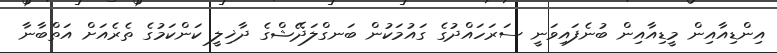
އިންޑިއާއިން މީޑިއާއިން ބުނެފައިވަނީ ސަރަހައްދުގެ ގައުމަކުން ބަނގްލަދޭޝްގެ ދާޚިލީ ކަންކަމުގެ ތެރެއަށް އަތްބާނާ